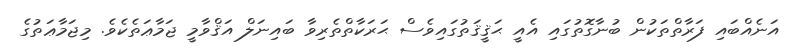
އަނެއްބައި ފަރާތްތަކުން ބުނާގޮތުގައި އެއީ ޙަޤީޤަތުގައިވެސް ޙަރަކާތްތެރިވާ ބައިނަލް އަޤްވާމީ ޖަމާޢަތެކެވެ. މިޖަމާޢަތުގެ